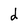
Character: d